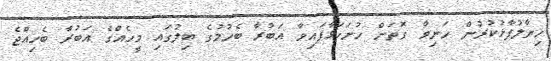
ޚިޔާލުފާޅުކުރުން ހަނިވާ ގޮތަށް ހުށަހަޅާފައިވާ އަބުރާ ބެހުމުގެ ބިލުގައި މީހެއްގެ އަބުރާ ބެހިއްޖެ